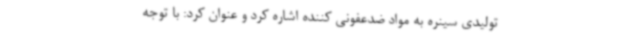
تولیدی سینره به مواد ضدعفونی کننده اشاره کرد و عنوان کرد: با توجه